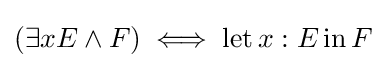
(\exists xE\land F)\iff \operatorname {let} x:E\operatorname {in} F